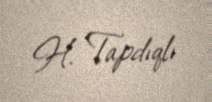
H. Tapdıqlı